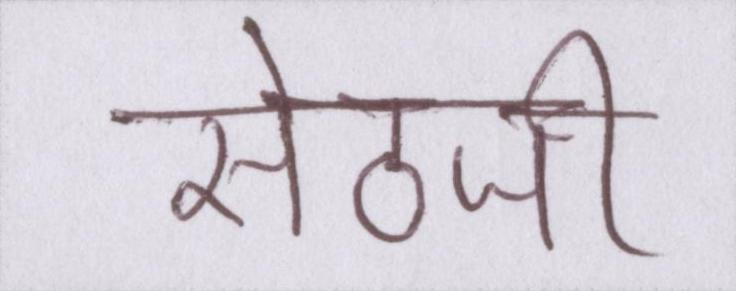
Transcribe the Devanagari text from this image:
सेठजी